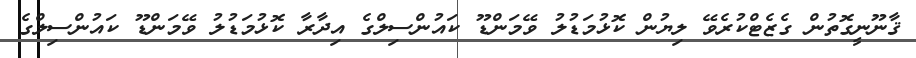
ޤާނޫނީގޮތުން ގެޒެޓްކުރެވޭ ލިޔުން ކޮޅުމަޑުލު ވޭމަންޑޫ ކައުންސިލްގެ އިދާރާ ކޮޅުމަޑުލު ވޭމަންޑޫ ކައުންސިލްގެ